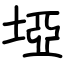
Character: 埡